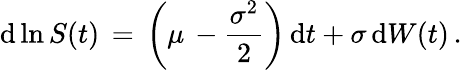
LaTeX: \mathrm{d}\ln S(t)\, =\, \left(\mu\, -\frac{\sigma^{2}}{2}\right)\, \mathrm{d}t+\sigma\, \mathrm{d}W(t)\, .